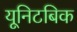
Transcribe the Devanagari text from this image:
यूनिटबिक